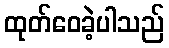
ထုတ်ဝေခဲ့ပါသည်